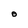
Character: O